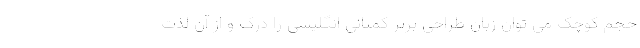
حجم کوچک می توان زبان طراحی برتر کمپانی انگلیسی را درک و از آن لذت